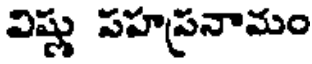
విష్ణు పహప్రనామం